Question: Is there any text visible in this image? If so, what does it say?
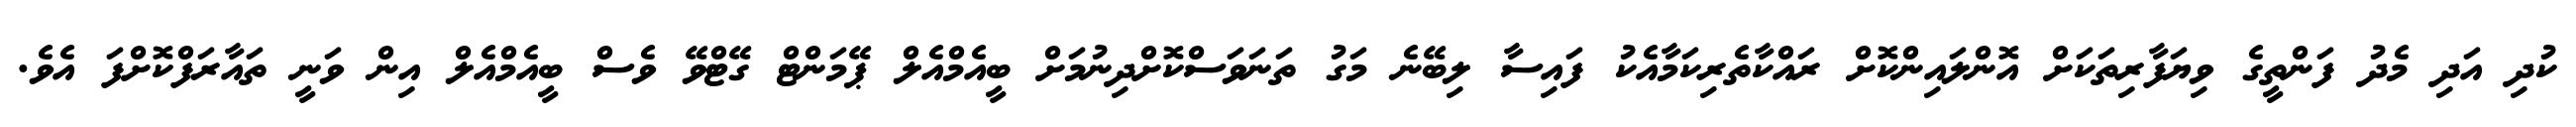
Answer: ކުދި އަދި މެދު ފަންތީގެ ވިޔަފާރިތަކަށް އޮންލައިންކޮށް ރައްކާތެރިކަމާއެކު ފައިސާ ލިބޭނެ މަގު ތަނަވަސްކޮށްދިނުމަށް ބީއެމްއެލް ޕޭމަންޓް ގޭޓްވޭ ވެސް ބީއެމްއެލް އިން ވަނީ ތައާރަފްކޮށްފަ އެވެ.